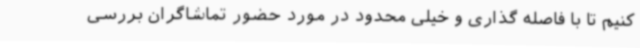
‌کنیم تا با فاصله گذاری و خیلی محدود در مورد حضور تماشاگران بررسی